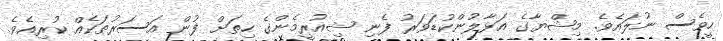
ހީވެސް ނުލައެވެ. މިޝްޔާގެ އަޅާލުންކުޑަވަރު ފެނި ޝިއުރީމެންގެ ހިތަށް ފުން އަސަރުތަކެއް ކުރިއެވެ.